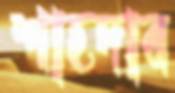
শাহদাব